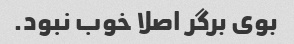
بوی برگر اصلا خوب نبود.